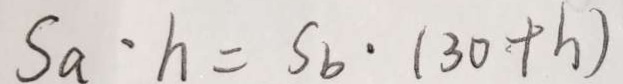
S _ { a } \cdot h = S _ { b } \cdot ( 3 0 + h )